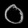
Digit: ၀